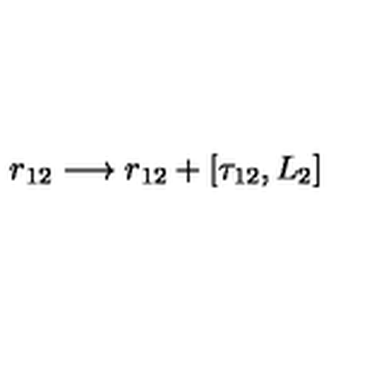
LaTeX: r _ { 1 2 } \longrightarrow r _ { 1 2 } + [ \tau _ { 1 2 } , L _ { 2 } ]